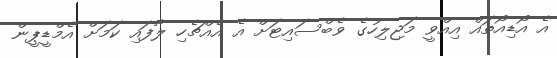
އެ އޯޑިއޯތައް އިއްވީ މަޖިލިހުގެ ވެބްސައިޓަށް އެ އެއްޗެހި ލާފައި ކަމަށް އެމްޑީޕީން